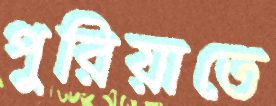
পুরিয়াতে